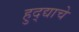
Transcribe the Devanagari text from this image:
हुद्द्याचे